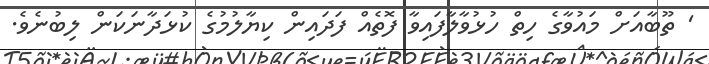
' ތޫބާއަށް މައުވާގެ ހިތް ހުޅުވާލާފައިވާ ފޮތެއް ފަދައިން ކިޔާލުމުގެ ކުޅަދާނަކަން ލިބުނެވެ.